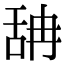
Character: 舑